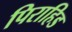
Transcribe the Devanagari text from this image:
पिराहिड